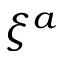
\xi ^ { a }